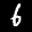
Label: 6